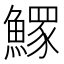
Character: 𩻄